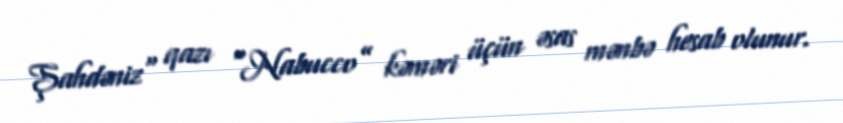
Şahdəniz" qazı “Nabucco” kəməri üçün əsas mənbə hesab olunur.